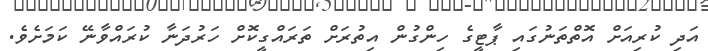
އަދި ކުރިއަށް އޮތްތަނުގައި ޕާޓީގެ ހިންގުން އިތުރަށް ތަރައްގީކޮށް ހަރުދަނާ ކުރައްވާނޭ ކަމަށެވެ.